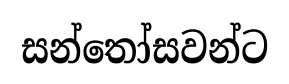
සන්තෝසවන්ට